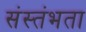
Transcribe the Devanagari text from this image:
संस्तंभता